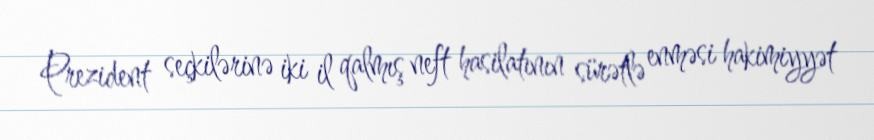
Prezident seçkilərinə iki il qalmış neft hasilatının sürətlə enməsi hakimiyyət